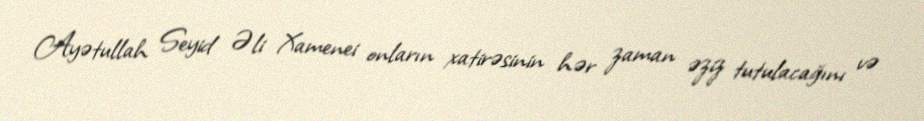
Ayətullah Seyid Əli Xamenei onların xatirəsinin hər zaman əziz tutulacağını və